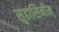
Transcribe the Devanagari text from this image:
सुहासिनीम्